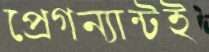
প্রেগন্যান্টই